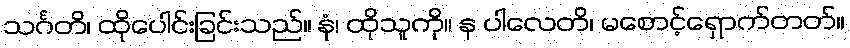
သင်္ဂတိ၊ ထိုပေါင်းခြင်းသည်။ နံ၊ ထိုသူကို။ န ပါလေတိ၊ မစောင့်ရှောက်တတ်။